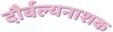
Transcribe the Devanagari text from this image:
दौर्बल्यनाशक